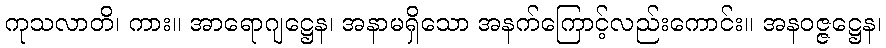
ကုသလာတိ၊ ကား။ အာရောဂျဋ္ဌေန၊ အနာမရှိသော အနက်ကြောင့်လည်းကောင်း။ အနဝဇ္ဇဋ္ဌေန၊